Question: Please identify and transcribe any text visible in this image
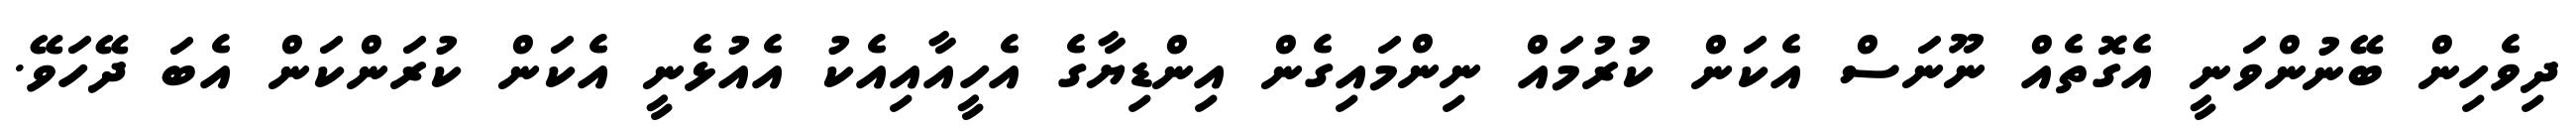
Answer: ދިވެހިން ބޭނުންވަނީ އެގޮތެއް ނޫނަސް އެކަން ކުރުމައް ނިންމައިގެން އިންޑިޔާގެ އެހީއާއިއެކު އެއުޅެނީ އެކަން ކުރަންކަން އެބަ ދޭހަވޭ.